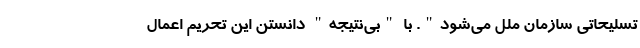
تسلیحاتی سازمان ملل می‌شود". با "بی‌نتیجه" دانستن این تحریم اعمال